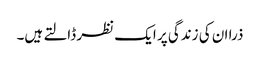
ذرا ان کی زندگی پر ایک نظر ڈالتے ہیں۔